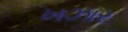
ખઝાર